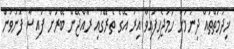
ޚިދުމަތްތައް ދިނުމަށް ހަމަޖެހިފައިވާ އިރު އޭގެ ތެރޭގައި ރާއްޖޭން ބޭރަށް ފައިސާ ފޮނުވުން